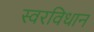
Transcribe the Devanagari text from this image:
स्वरविधान